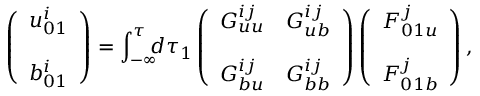
\left( { \begin{array} { c } { u _ { 0 1 } ^ { i } } \\ { b _ { 0 1 } ^ { i } \rule { 0 ex } { 5 ex } } \end{array} } \right) = \int _ { - \infty } ^ { \tau } \! \! \! d \tau _ { 1 } \left( { \begin{array} { c c } { G _ { u u } ^ { i j } } & { G _ { u b } ^ { i j } } \\ { G _ { b u } ^ { i j } } & { G _ { b b } ^ { i j } \rule { 0 ex } { 5 ex } } \end{array} } \right) \left( { \begin{array} { c } { F _ { 0 1 u } ^ { j } } \\ { F _ { 0 1 b } ^ { j } \rule { 0 ex } { 5 ex } } \end{array} } \right) ,